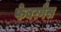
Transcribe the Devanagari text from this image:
फेबरगैस